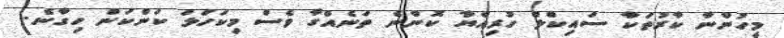
މީހުންނާ ކާރުތަކާ ސައިކްލް ހުރިއްޔާ ކޮންނެ ތަނެއްގާ ވެސް މިކަހަލަ ކަންކަން ހިގާނެ..